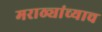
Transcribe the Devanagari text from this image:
मराठ्यांच्याच